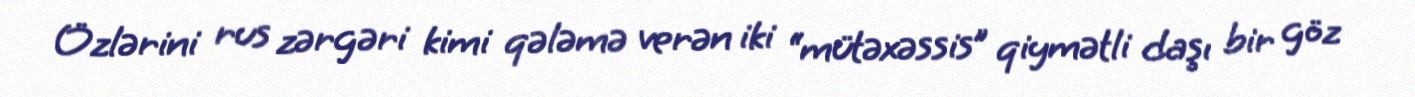
Özlərini rus zərgəri kimi qələmə verən iki “mütəxəssis” qiymətli daşı bir göz